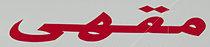
مقهى